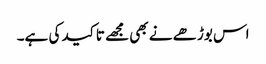
اس بوڑھے نے بھی مجھے تاکید کی ہے۔